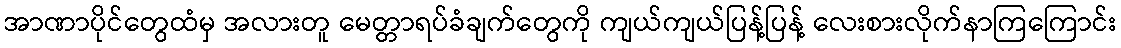
အာဏာပိုင်တွေထံမှ အလားတူ မေတ္တာရပ်ခံချက်တွေကို ကျယ်ကျယ်ပြန့်ပြန့် လေးစားလိုက်နာကြကြောင်း